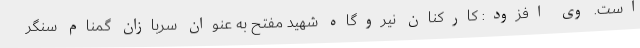
است. وی افزود: کارکنان نیروگاه شهید مفتح به عنوان سربازان گمنام سنگر